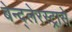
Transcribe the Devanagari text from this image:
बेन्द्लेरस्ट्रासे